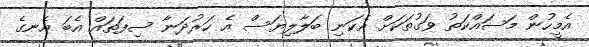
އެމީހުން މަސައްކަތު ވަގުތަކަށް އެކަނި ބަލާލިޔަސް އެ ހަރުދަނާ ސިފަތައް އެބަ އެނގެ